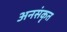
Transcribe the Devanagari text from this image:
अनसंकृत